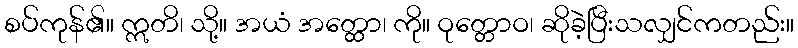
စပ်ကုန်၏။ ဣတိ၊ သို့။ အယံ အတ္ထော၊ ကို။ ဝုတ္တောဝ၊ ဆိုခဲ့ပြီးသလျှင်ကတည်း။